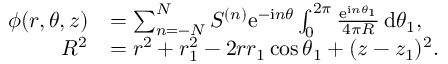
\begin{array} { r l } { \phi ( r , \theta , z ) } & { = \sum _ { n = - N } ^ { N } S ^ { ( n ) } \mathrm { e } ^ { - \mathrm { i } n \theta } \int _ { 0 } ^ { 2 \pi } \frac { \mathrm { e } ^ { \mathrm { i } n \theta _ { 1 } } } { 4 \pi R } \, \mathrm { d } \theta _ { 1 } , } \\ { R ^ { 2 } } & { = r ^ { 2 } + r _ { 1 } ^ { 2 } - 2 r r _ { 1 } \cos \theta _ { 1 } + ( z - z _ { 1 } ) ^ { 2 } . } \end{array}